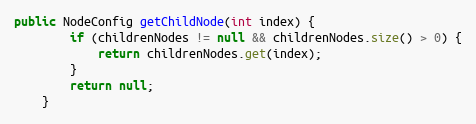
Language: Java
public NodeConfig getChildNode(int index) {
		if (childrenNodes != null && childrenNodes.size() > 0) {
			return childrenNodes.get(index);
		}
		return null;
	}